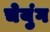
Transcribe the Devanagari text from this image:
चेयुंग